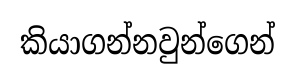
කියාගන්නවුන්ගෙන්